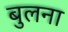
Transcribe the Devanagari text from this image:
बुलना